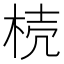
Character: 𣒆